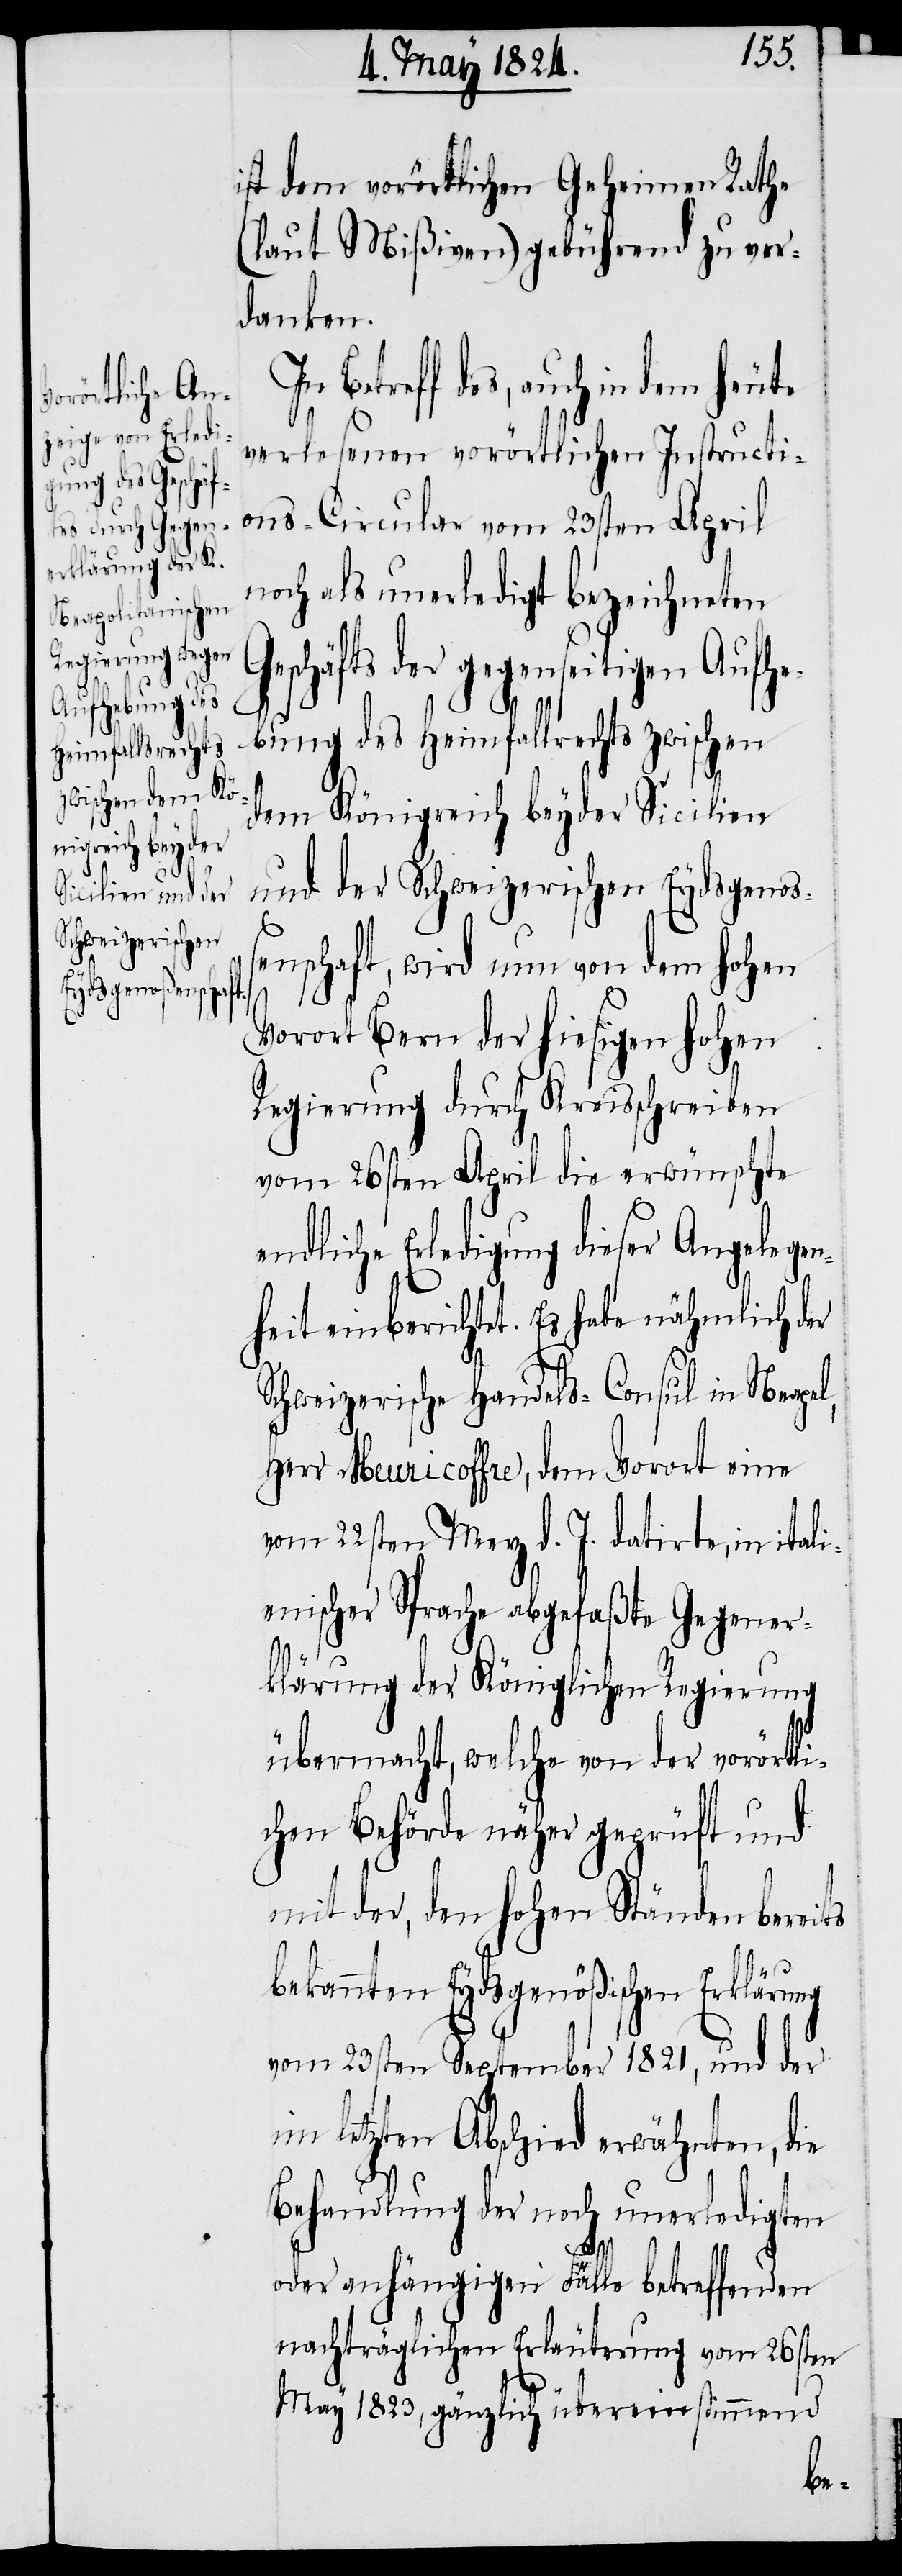
ist dem vorörtlichen Geheimen Rathe
(laut Mißiven) gebührend zu ver¬
danken.
In Betreff des, auch in dem heute
verlesenen vorörtlichen Instructi¬
ons-Circulare vom 23sten April
noch als unerledigt bezeichneten
Geschäfts der gegenseitigen Aufhe¬
bung des Heimfallrechts zwischen
dem Königreich beyder Sicilien
und der Schweizerischen Eydsgenoß¬
enschaft, wird nun von dem hohen
Vorort Bern der hiesigen hohen
Regierung durch Kreisschreiben
vom 26sten April die erwünschte
dliche Erledigung dieser Angelege¬
nheit einberichtet. Es habe nähmlich der
Schweizerische Handels-Consul in Neapel,
Herr Meuricoffre, dem Vorort eine
vom 22sten Merz d. J. datirte, in ital¬
ienischer Sprache abgefaßte Gegener¬
klärung der Königlichen Regierung
übermacht, welche von der vorörtli¬
chen Behörde näher geprüft und
mit der, den hohen Ständen bereits
bekannten Eydsgenößischen Erklärung
von 23sten September 1821, und der
im letzten Abschied erwähnten, die
Behandlung der noch unerledigten
oder anhängigen Fälle betreffenden
nachträglichen Erläuterungen vom 26sten
May 1823, gänzlich übereinstimmend

en¬